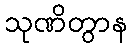
သုဏိတွာန